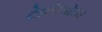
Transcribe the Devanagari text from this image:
टेइतेल्बोइम